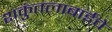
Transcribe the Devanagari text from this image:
शकुंतलाबाईंचे